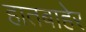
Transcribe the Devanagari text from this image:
हातबाहेर